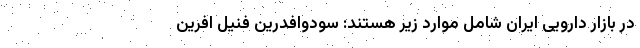
در بازار دارویی ایران شامل موارد زیر هستند: سودوافدرین فنیل افرین